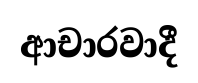
ආචාරවාදී